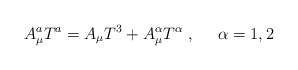
\begin{align*}A_{\mu }^{a}T^{a}=A_{\mu }T^{3}+A_{\mu }^{\alpha }T^{\alpha}\;,\;\;\;\;\;\alpha =1,2\end{align*}